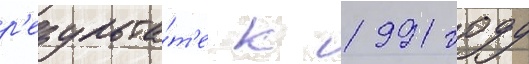
р'езульта́т'е к 1991 году